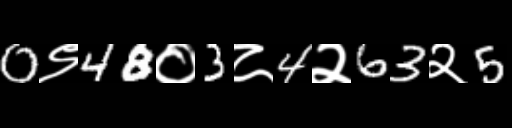
Text: 0९48०3८4२63२5